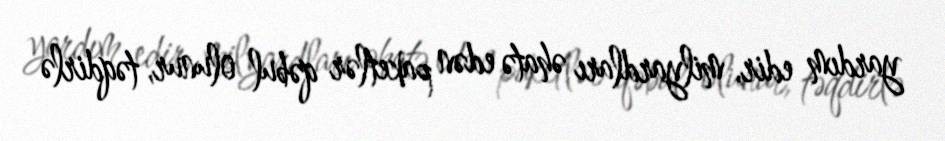
yardım edir, milyardları əhatə edən paketlər qəbul olunur, təqdirlə